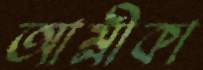
আম্লীকা